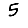
Digit: 5